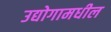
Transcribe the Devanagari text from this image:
उद्योगामधील